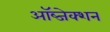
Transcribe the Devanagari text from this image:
ऑब्जेक्शन